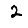
Digit: 2